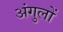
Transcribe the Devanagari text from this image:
अंगुलों